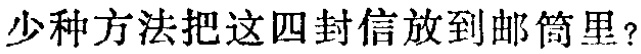
多少种方法把这四封信放到邮筒里？